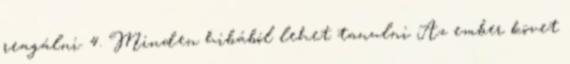
reagálni. 4. Minden hibából lehet tanulni Az ember követ